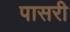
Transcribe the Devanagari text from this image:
पासरी